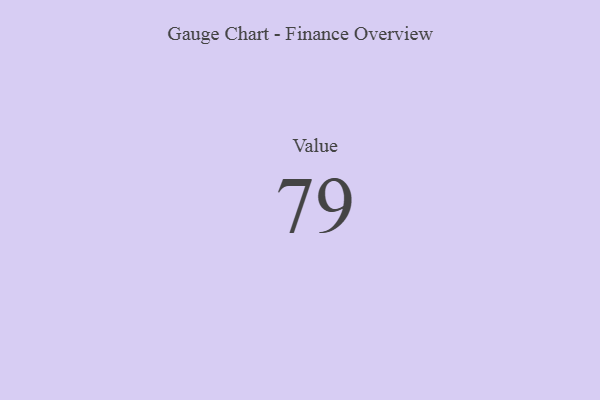
{"axis": {"x": "Metric", "y": "Value"}, "legend": [""], "data": [{"x": "Value", "y": 79, "type": ""}]}